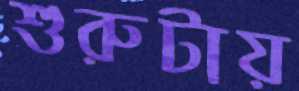
শুরুটায়